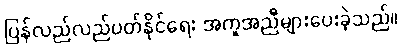
ပြန်လည်လည်ပတ်နိုင်ရေး အကူအညီများပေးခဲ့သည်။